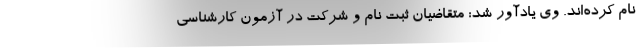
نام کرده‌اند. وی یادآور شد: متقاضیان ثبت نام و شرکت در آزمون کارشناسی